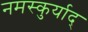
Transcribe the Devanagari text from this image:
नमस्कुर्याद्